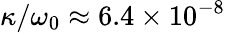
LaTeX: \kappa/\omega_{0}\approx 6.4\times 10^{-8}